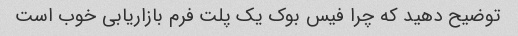
توضیح دهید که چرا فیس بوک یک پلت فرم بازاریابی خوب است